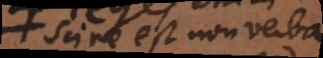
scire est non verba